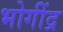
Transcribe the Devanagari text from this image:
भोगींद्र